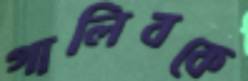
গালিবকে